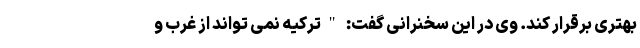
بهتری برقرار کند. وی در این سخنرانی گفت: "ترکیه نمی تواند از غرب و